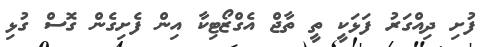
ފުށި ދިއްގަރު ފަޅަކީ ތީ ތާޖް އެގްޒޯޓިކާ އިން ފެށިގެން ގޮސް ގުޅި